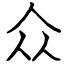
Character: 众